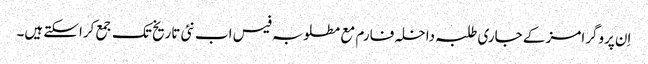
اِن پروگرامز کے جاری طلبہ داخلہ فارم مع مطلوبہ فیس اب نئی تاریخ تک جمع کراسکتے ہیں۔